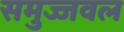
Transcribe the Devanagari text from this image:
समुज्जवल